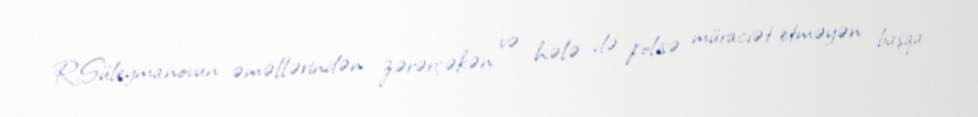
R.Süleymanovun əməllərindən zərərçəkən və hələ də polisə müraciət etməyən başqa